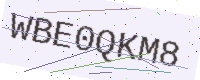
Text: WBE0QKM8